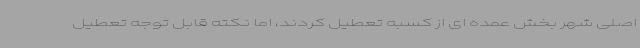
اصلی شهر بخش عمده ای از کسبه تعطیل کردند، اما نکته قابل توجه تعطیل